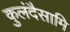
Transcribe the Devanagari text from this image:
कुलंदैसामि